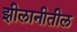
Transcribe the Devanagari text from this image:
झीलानीतील